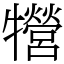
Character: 㹚